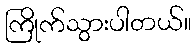
ကြိုက်သွားပါတယ်။